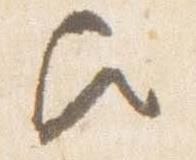
歟